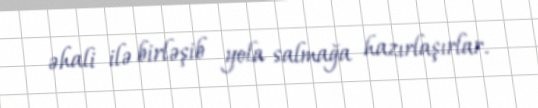
əhali ilə birləşib yola salmağa hazırlaşırlar.